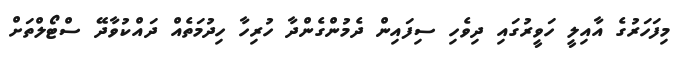
މިފަހަރުގެ އާއިލީ ހަވީރުގައި ދިވެހި ސިފައިން ދެމުންގެންދާ ހުރިހާ ހިދުމަތެއްް ދައްކުވާދޭ ސްޓޯލްތަށް